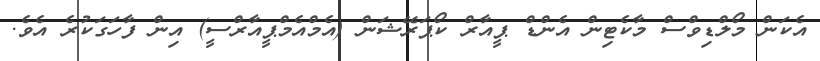
އެކަން މޯލްޑިވްސް މާކެޓިން އެންޑް ޕީއާރް ކޯޕަރޭޝަން (އެމްއެމްޕީއާރްސީ) އިން ފާހަގަކުރެ އެވެ.